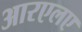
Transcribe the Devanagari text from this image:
आरएलए